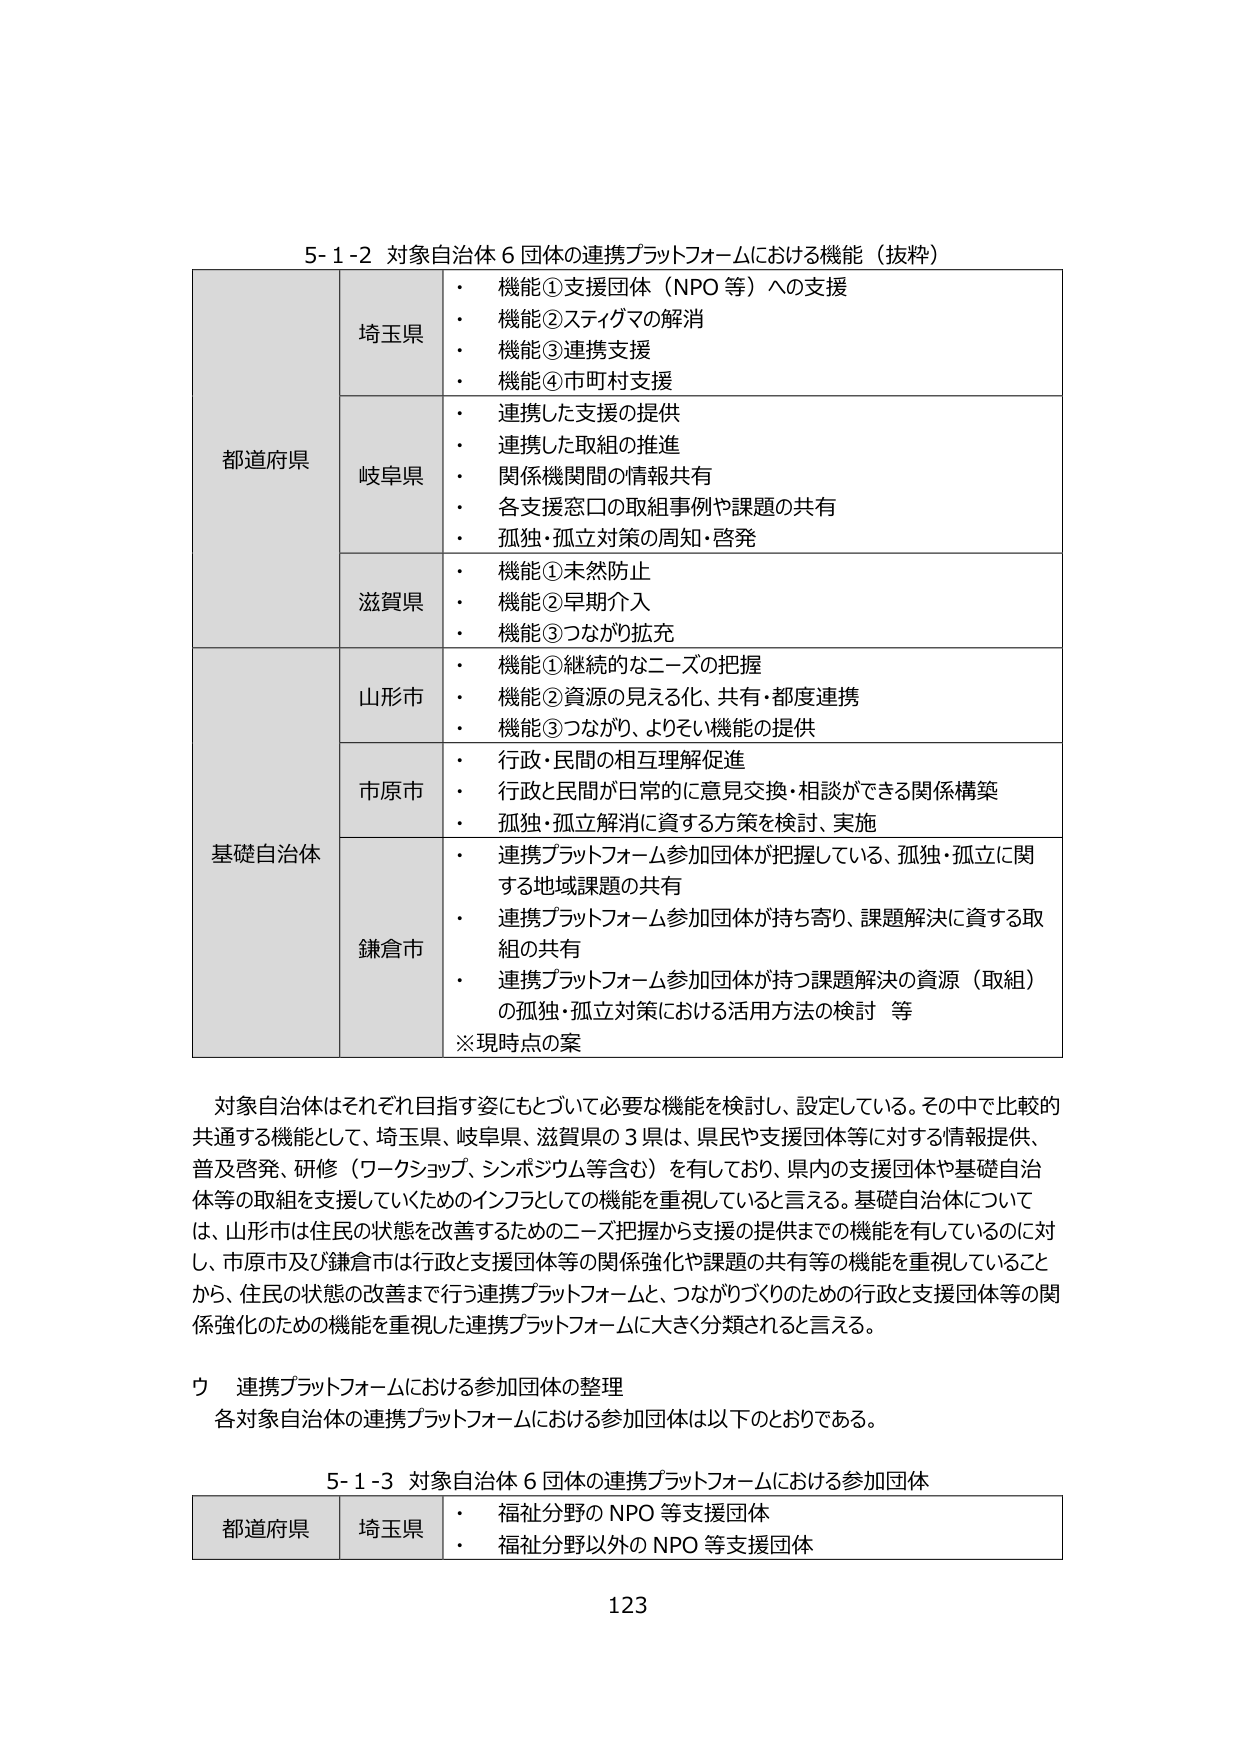
5-1-2 対象自治体６団体の連携プラットフォームにおける機能（抜粋）

都道府県
埼玉県
・ 機能①支援団体（NPO 等）への支援
・ 機能②スティグマの解消
・ 機能③連携支援
・ 機能④市町村支援

岐阜県
・ 連携した支援の提供
・ 連携した取組の推進
・ 関係機関間の情報共有
・ 各支援窓口の取組事例や課題の共有
・ 孤独・孤立対策の周知・啓発

滋賀県
・ 機能①未然防止
・ 機能②早期介入
・ 機能③つながり拡充

基礎自治体
山形市
・ 機能①継続的なニーズの把握
・ 機能②資源の見える化、共有・都度連携
・ 機能③つながり、よりよい機能の提供

市原市
・ 行政・民間の相互理解促進
・ 行政と民間が日常的に意見交換・相談ができる関係構築
・ 孤独・孤立解消に資する方策を検討、実施

鎌倉市
・ 連携プラットフォーム参加団体が把握している、孤独・孤立に関する地域課題の共有
・ 連携プラットフォーム参加団体が持ち寄り、課題解決に資する取組の共有
・ 連携プラットフォーム参加団体が持つ課題解決の資源（取組）の孤独・孤立対策における活用方法の検討 等
※現時点の案

対象自治体はそれぞれ目指す姿にもとづいて必要な機能を検討し、設定している。その中で比較的共通する機能として、埼玉県、岐阜県、滋賀県の３県は、県民や支援団体等に対する情報提供、普及啓発、研修（ワークショップ、シンポジウム等含む）を有しており、県内の支援団体や基礎自治体等の取組を支援していくためのインフラとしての機能を重視していると言える。基礎自治体については、山形市は住民の状態を改善するためのニーズ把握から支援の提供までの機能を有しているのに対し、市原市及び鎌倉市は行政と支援団体等の関係強化や課題の共有等の機能を重視していることから、住民の状態の改善まで行う連携プラットフォームと、つながりづくりのための行政と支援団体等の関係強化のための機能を重視した連携プラットフォームに大きく分類されると言える。

ウ 連携プラットフォームにおける参加団体の整理
各対象自治体の連携プラットフォームにおける参加団体は以下のとおりである。

5-1-3 対象自治体６団体の連携プラットフォームにおける参加団体

都道府県 埼玉県
・ 福祉分野のNPO等支援団体
・ 福祉分野以外のNPO等支援団体

123